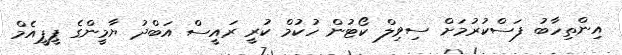
އިންތިހާބު ފަސްކުރުމަށް ސިވިލް ކޯޓުން ހުކުމް ކުރީ ރައީސް އަބްދު ޔާމީންގެ ޕީޕީއެމް